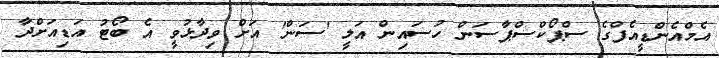
އެމްއެންޑީއެފްގެ ސްޕޯކްސްޕާސަން ހުސައިން އަލީ 'ސަން' އަށް ވިދާޅުވީ އެ ބޯޓު އަޑިއަށްދާ